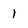
Character: l